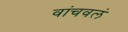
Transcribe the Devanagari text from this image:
वांचवलं